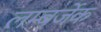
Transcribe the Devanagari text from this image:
लम्बर्जेक